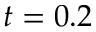
t = 0 . 2